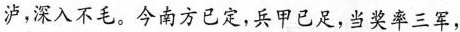
泸，深入不毛。今南方已定，兵甲已足，当奖率三军，